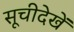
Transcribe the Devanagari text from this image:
सूचीदेखें